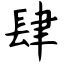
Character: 肆